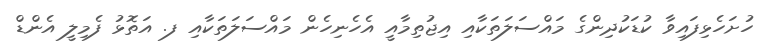
ހުށަހެޅިފައިވާ ކުޑަކުދިންގެ މައްސަލަތަކާއި އިޖުތިމާއީ އެހެނިހެން މައްސަލަތަކާއި ފ. އަތޮޅު ފެމިލީ އެންޑް